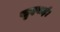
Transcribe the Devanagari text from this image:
खुदवाई।